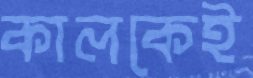
কালকেই